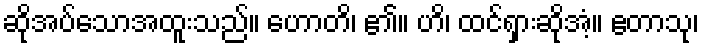
ဆိုအပ်သောအထူးသည်။ ဟောတိ၊ ၏။ ဟိ၊ ထင်ရှားဆိုအံ့။ ဧတာသု၊